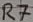
Text: R7